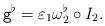
LaTeX: \begin{align*} \mathtt{g}^\flat= \varepsilon_1 \omega_2^{\flat} \circ I_2.\end{align*}